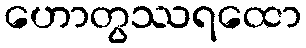
ဟောတွဿရထော